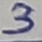
Text: 3